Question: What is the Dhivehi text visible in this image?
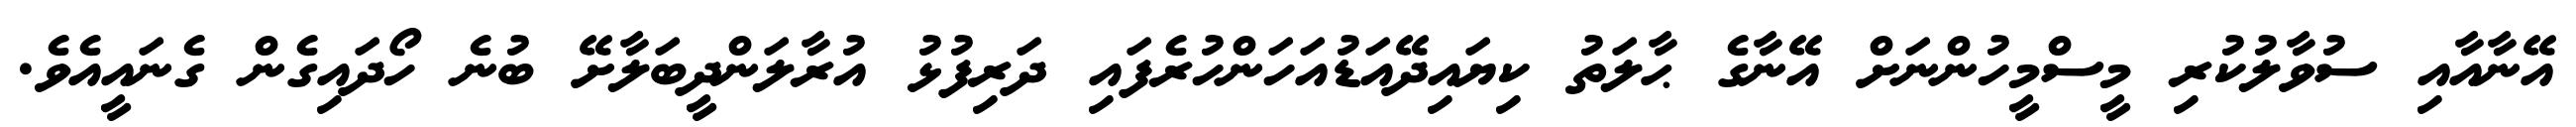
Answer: އޭނާއާއި ސުވާލުކުރި މީސްމީހުންނަށް އޭނާގެ ޙާލަތު ކިޔައިދޭއަޑުއަހަންހުރެފައި ދަރިފުޅު އުރާލަންދީބަލާށޭ ބުނެ ހޯދައިގެން ގެނައީއެވެ.